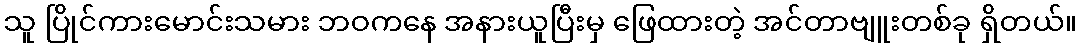
သူ ပြိုင်ကားမောင်းသမား ဘဝကနေ အနားယူပြီးမှ ဖြေထားတဲ့ အင်တာဗျူးတစ်ခု ရှိတယ်။